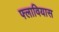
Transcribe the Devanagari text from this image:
फ्लावियास